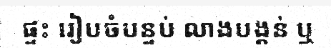
ផ្ទះ រៀបចំបន្ទប់ លាងបង្គន់ ឬ